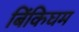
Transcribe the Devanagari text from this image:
बिंकिघम